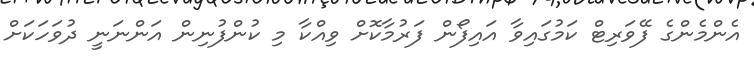
އެންމެންގެ ފޭވަރިޓް ކަމުގައިވާ އައިފޯން ފަރުމާކޮށް ވިއްކާ މި ކުންފުނިން އަންނަނީ ދުވަހަކަށް